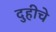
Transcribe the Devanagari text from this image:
दुहीचे